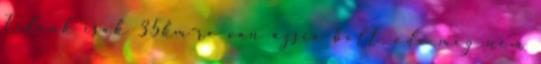
Felénk csak 35km-re van ázsia bolt, oda meg nem